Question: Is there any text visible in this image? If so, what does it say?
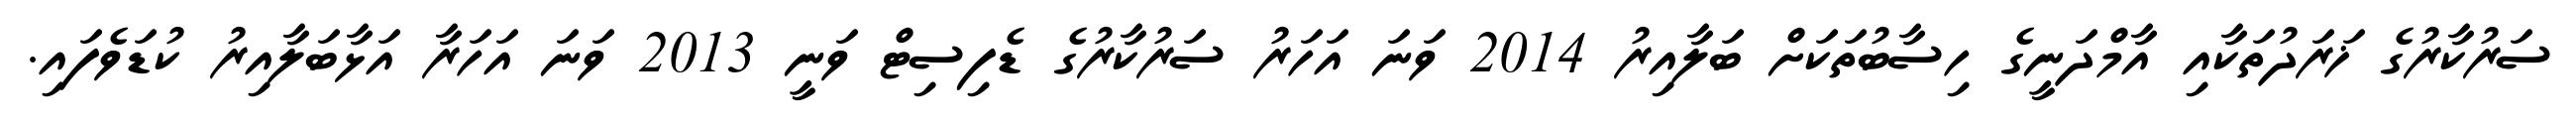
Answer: ސަރުކާރުގެ ޚަރަދުތަކާއި އާމްދަނީގެ ހިސާބުތަކަށް ބަލާއިރު 2014 ވަނަ އަހަރު ސަރުކާރުގެ ޑެފިސިޓް ވަނީ 2013 ވަނަ އަހަރާ އަޅާބަލާއިރު ކުޑަވެފައި.